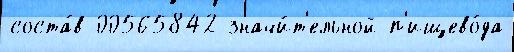
соста́в 00565842 значи́т'ельной п'ищево́да